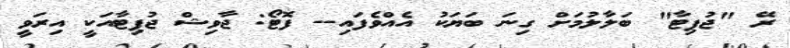
ރޭ "ޖުޕިޓާ" ބަލާލުމަށް ގިނަ ބަޔަކު އެއްވެފައި-- ފޮޓޯ: ޖާވިޝް ޖުޕިޓާއަކީ އިރަވީ